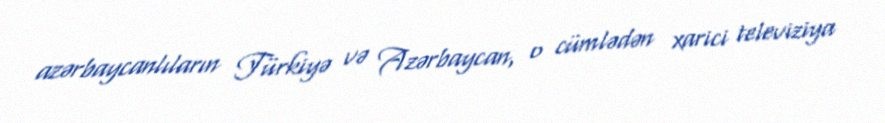
azərbaycanlıların Türkiyə və Azərbaycan, o cümlədən xarici televiziya